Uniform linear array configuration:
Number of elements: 16
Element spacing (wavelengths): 0.75
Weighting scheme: uniform
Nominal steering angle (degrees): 45
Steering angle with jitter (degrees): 43.228
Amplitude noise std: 0.05
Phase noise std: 0.05

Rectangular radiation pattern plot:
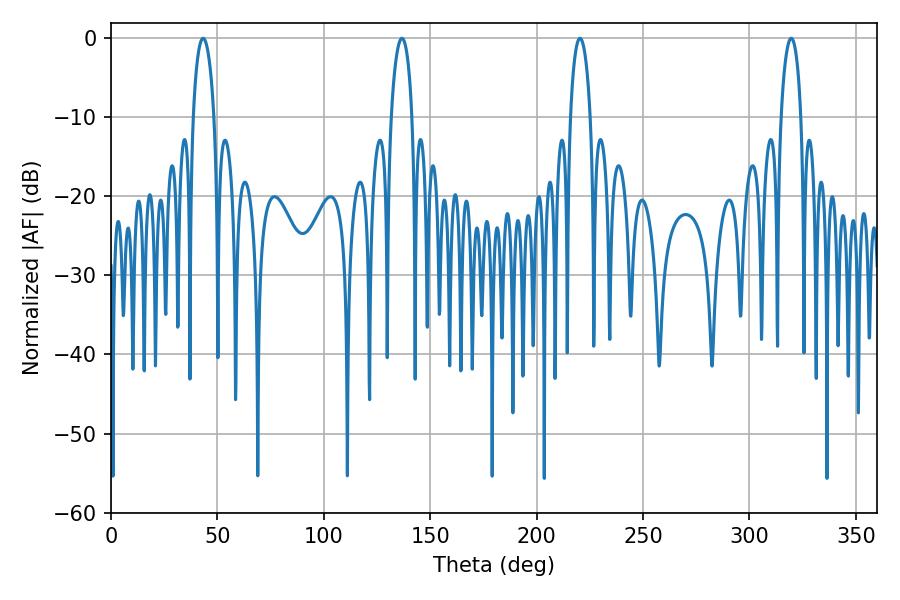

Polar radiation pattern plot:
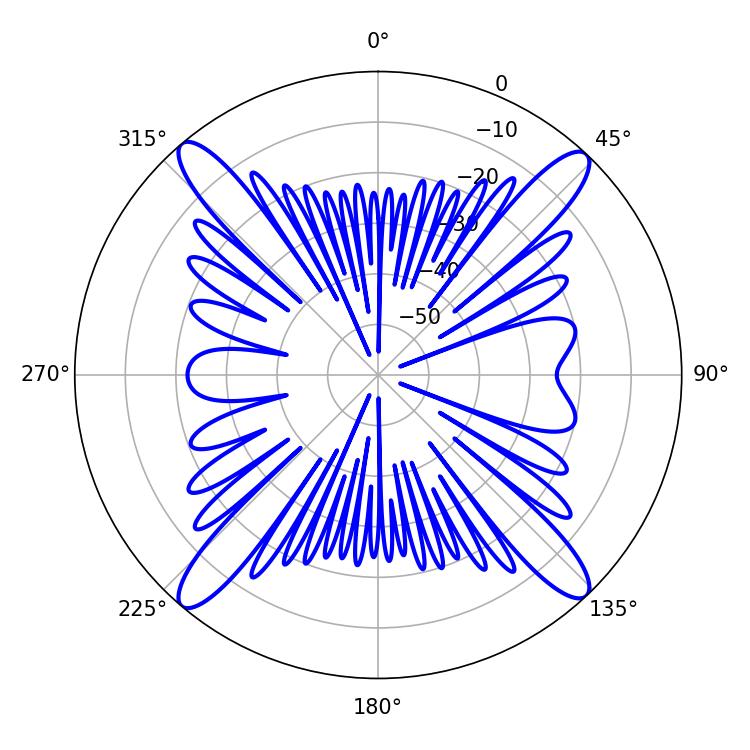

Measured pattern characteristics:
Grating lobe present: TRUE
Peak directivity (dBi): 21.115
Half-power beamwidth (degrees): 5.22
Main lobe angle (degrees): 220.32